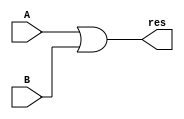
`timescale 1ns / 1ps
//////////////////////////////////////////////////////////////////////////////////
// Company: 
// Engineer: 
// 
// Design Name: 
// Module Name:    or32 
// Project Name: 
// Target Devices: 
// Tool versions: 
// Description: 
//
// Dependencies: 
//
// Revision: 
// Revision 0.01 - File Created
// Additional Comments: 
//
//////////////////////////////////////////////////////////////////////////////////
module or32(
	input [31:0]A,
	input [31:0]B,
	output [31:0]res
);
	assign res = A | B;
endmodule